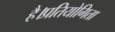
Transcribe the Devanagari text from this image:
है।प्रतियोगिता